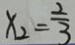
x _ { 2 } = \frac { 2 } { 3 }